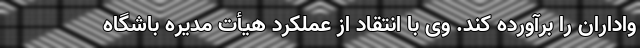
واداران را برآورده کند. وی با انتقاد از عملکرد هیأت مدیره باشگاه